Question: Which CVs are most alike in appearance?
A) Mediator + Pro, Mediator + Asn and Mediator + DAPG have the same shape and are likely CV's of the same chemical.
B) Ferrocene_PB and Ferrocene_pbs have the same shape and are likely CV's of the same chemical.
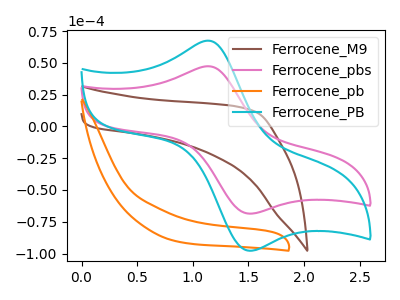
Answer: <think>The brown curve "Ferrocene_M9" has no peaks. The pink curve "Ferrocene_pbs" has an anodic peak at (1.15V, 47.30uA) and a cathodic peak at (1.50V, -68.65uA). The orange curve "Ferrocene_pb" has no peaks. The cyan curve "Ferrocene_PB" has an anodic peak at (1.15V, 67.40uA) and a cathodic peak at (1.50V, -97.85uA).
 "Ferrocene_M9" and "Ferrocene_pbs" have a different number of peaks. Neither "Ferrocene_M9" or "Ferrocene_pb" have any peaks. "Ferrocene_M9" and "Ferrocene_PB" have a different number of peaks. "Ferrocene_pbs" and "Ferrocene_pb" have a different number of peaks. All the peaks in "Ferrocene_pbs" have a peak in "Ferrocene_PB" at the same potential. Every peak in "Ferrocene_pbs" is lower than every peak in "Ferrocene_PB". "Ferrocene_pb" and "Ferrocene_PB" have a different number of peaks.</think>
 <answer>B) "Ferrocene_PB" and "Ferrocene_pbs" have the same shape and are likely CV's of the same chemical.</answer>
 <eval>B</eval>